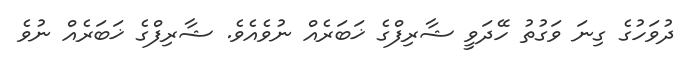
ދުވަހުގެ ގިނަ ވަގުތު ހޭދަވީ ޝާރިފްގެ ޚަބަރެއް ނުވެއެވެ. ޝާރިފްގެ ޚަބަރެއް ނުވެ